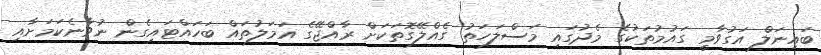
ބައިނަލް އަގުވާމީ ގައުމުތަކުގެ މެދުގައި މަސްލަހަތު ގެއްލޭގޮތަކަށް ރާއްޖޭގެ އަމަލުތައް ބަހައްޓައިގެން ނުވާނެކަމަށާއި